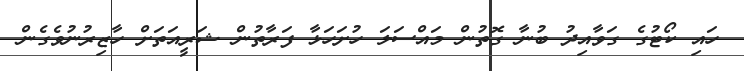
ހައި ކޯޓުގެ ގަވާއިދު ބުނާ ގޮތުން މައްސަލަ ހުށަހަޅާ ފަރާތުން ޝަރީއަތަށް ހާޒިރުނުވެގެން